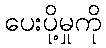
ပေးပို့မှုကို